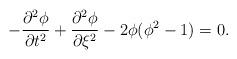
LaTeX: \begin{align*}- \frac{\partial^{2} \phi}{\partial t^{2}} + \frac{\partial^{2} \phi} {\partial \xi^{2}} - 2 \phi (\phi^{2} - 1) = 0. \end{align*}